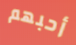
أحبهم